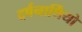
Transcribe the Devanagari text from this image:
दर्षनार्थिंयो